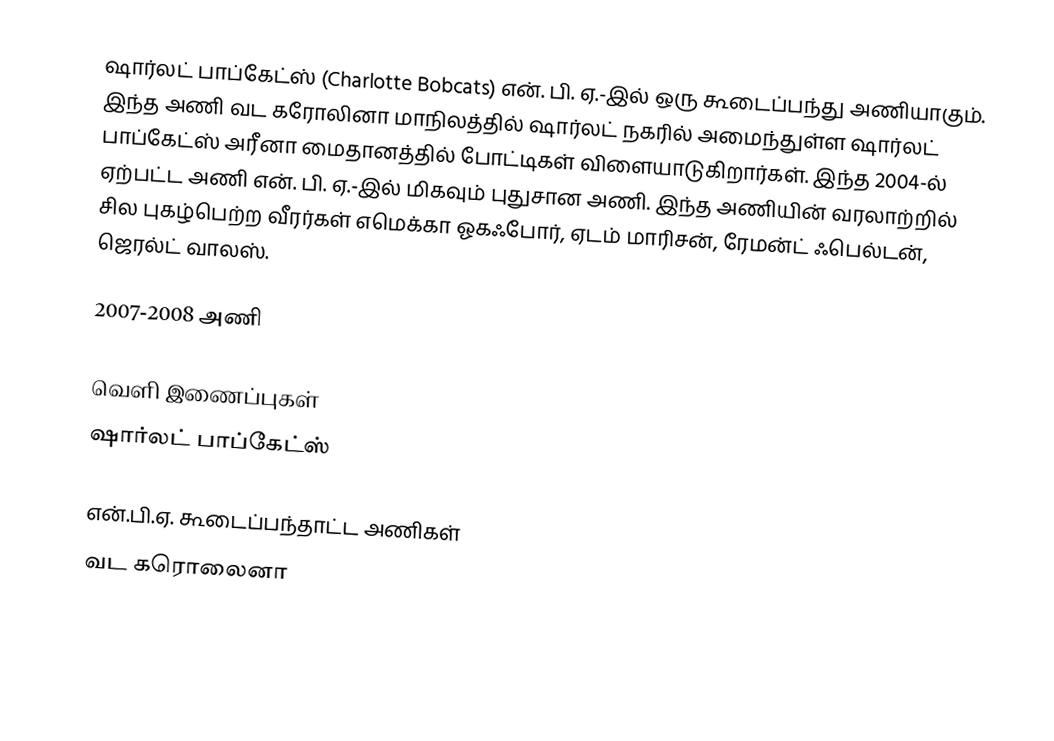
ஷார்லட் பாப்கேட்ஸ் (Charlotte Bobcats) என். பி. ஏ.-இல் ஒரு கூடைப்பந்து அணியாகும். இந்த அணி வட கரோலினா மாநிலத்தில் ஷார்லட் நகரில் அமைந்துள்ள  ஷார்லட் பாப்கேட்ஸ் அரீனா மைதானத்தில் போட்டிகள் விளையாடுகிறார்கள். இந்த 2004-ல் ஏற்பட்ட அணி என். பி. ஏ.-இல் மிகவும் புதுசான அணி. இந்த அணியின் வரலாற்றில் சில புகழ்பெற்ற வீரர்கள் எமெக்கா ஓகஃபோர், ஏடம் மாரிசன், ரேமன்ட் ஃபெல்டன், ஜெரல்ட் வாலஸ்.

2007-2008 அணி

வெளி இணைப்புகள்
 ஷார்லட் பாப்கேட்ஸ்

என்.பி.ஏ. கூடைப்பந்தாட்ட அணிகள்
வட கரொலைனா